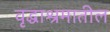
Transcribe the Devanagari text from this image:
वृद्धाश्रमातील